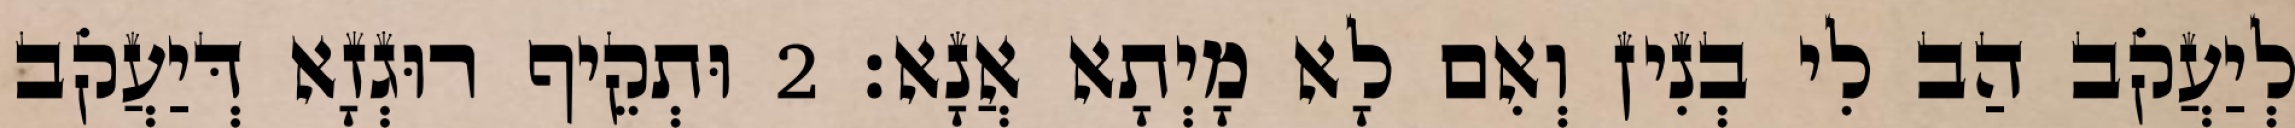
לְיַעֲקֹב הַב לִי בְנִין וְאִם לָא מָיְתָא אֲנָא׃ 2 וּתְקֵיף רוּגְזָא דְּיַעֲקֹב